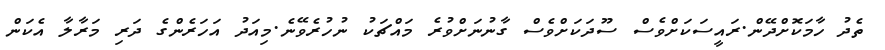
ތެދު ހާމަކޮށްދޭން.ރައީސަކަށްވެސް ސޫދަކަށްވެސް ގާނުނަށްވުރެ މައްޗަކު ނުހުރެވޭނެ.މިއަދު އަހަރެންގެ ދަރި މަރާލާ އެކަން